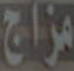
مزاج